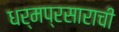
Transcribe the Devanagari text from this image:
धर्मप्रसाराची